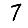
Digit: 7